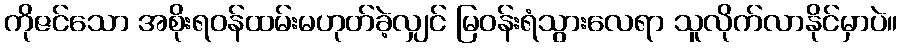
ကိုဇင်သော အစိုးရဝန်ထမ်းမဟုတ်ခဲ့လျှင် မြဝန်းရံသွားလေရာ သူလိုက်လာနိုင်မှာပဲ။